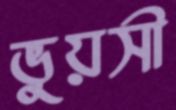
ভুয়সী